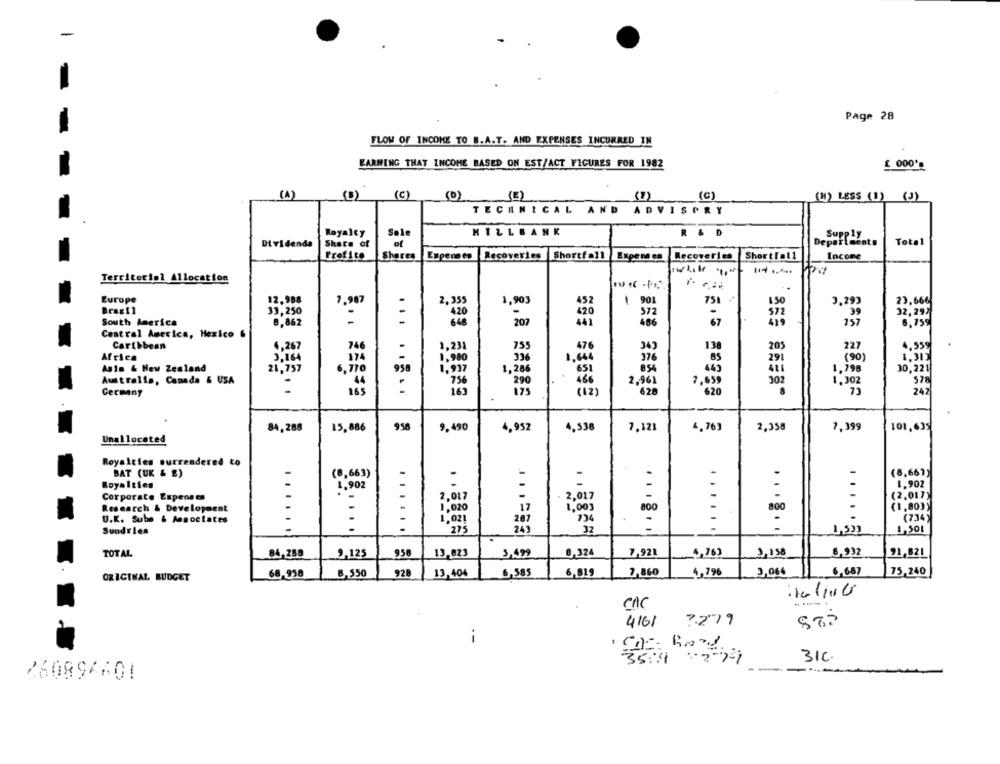
-
Page 28
FLOW OF INCOME TO B.A.T. AND EXPENSES INCURRED IN
EARNING THAT INCOME BASED ON EST/ACT FIGURES FOR 1982
(1)
(B)
(C )
(0)
(1)
(C)
(H) LESS (1) (J)
TECHNICAL AND ADVISORY
Royalty
Sole
HILLBANK
R & D
Supply
Dividenda
Share of
Departments
Total
Profi to
Shares
Expenses Recoveries
Shortfall
Expenses Recoveries
ShortTall
Incone
Territorial Allocation
Europe
12.988
-
7.987
2,35
1,903
452
901
751
150
3.293
23,666
Brazil
33,250
..
420
372
.39
32,297
South America
8,862
202
420
157
6,75%
Central America, Hexico &
4.267
746
755
476
Caribbean
1,231
343
130
205
227
4,559
Africa
3,164
174
..
1,980
336
1,664
376
BS
291
(90)
1,315
Anim & New Zealand
6,770
956
1,997
1,286
854
445
411
1,798
30,221
Australia, Canada & USA
44
'756
290
466
2,961
7,659
302
578
165
Cecmany
165
175
(12)
628
620
242
84,288
15.886
958
9.490
4.952
4.538
7.121
4,763
2,358
1, 399
101,635
Unallocated
Royalties surrendered
BAT (UK & E)
-
(8,663)
-
(8,66))
Royalties
.
1.902
-
-
.
1.902
Corporate Expenses
2.017
2.017
-
(2,017)
Research & Development
1.020
17
1,00]
800
(1,80])
U.K. Sube & Associates
-
:
1,021
207
734
.....
(7.34)
-
243
Sundries
275
32
.... ..
1,533
1,501
3,158
TOTAL
84,288
9,125
956
13.823
5,499
8,324
7,921
4,763
6,932
71,821
68.958
8,550
928
13,404
6,585
6,819
7,860
4,796
3,06€
6,687
75,240
ORIGINAL BUDGET
CAC
4161
7.279
--
31C
35.4
---
26089660!